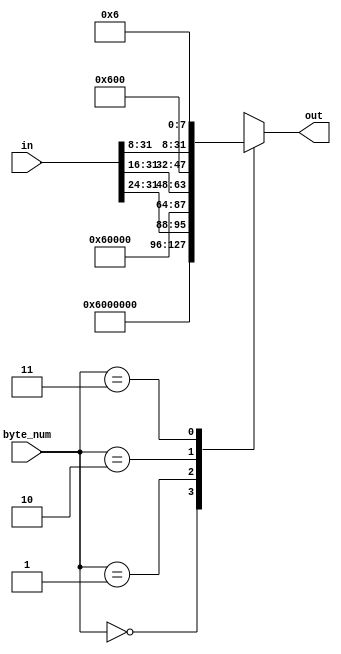
// copied from https://github.com/freecores/sha3
/*
 * Copyright 2013, Homer Hsing <homer.hsing@gmail.com>
 *
 * Licensed under the Apache License, Version 2.0 (the "License");
 * you may not use this file except in compliance with the License.
 * You may obtain a copy of the License at
 *
 * http://www.apache.org/licenses/LICENSE-2.0
 *
 * Unless required by applicable law or agreed to in writing, software
 * distributed under the License is distributed on an "AS IS" BASIS,
 * WITHOUT WARRANTIES OR CONDITIONS OF ANY KIND, either express or implied.
 * See the License for the specific language governing permissions and
 * limitations under the License.
 */

/*
 *     in      byte_num     out
 * 0x11223344      0    0x06000000    input 0
 * 0x11223344      1    0x11060000    input 1 byte
 * 0x11223344      2    0x11220600    input 2 byte
 * 0x11223344      3    0x11223306    input 3 byte
 */

module padder1(in, byte_num, out);
    input      [31:0] in;
    input      [1:0]  byte_num;
    output reg [31:0] out;
    
    always @ (*)
      case (byte_num)
      // change pad data to latest SHA3 specs from NIST 
        0: out = 32'h6000000;
        1: out = {in[31:24], 24'h060000};
        2: out = {in[31:16], 16'h0600};
        3: out = {in[31:8],   8'h06};
      endcase
endmodule